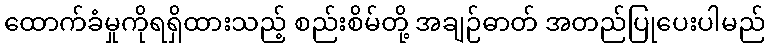
ထောက်ခံမှုကိုရရှိထားသည့် စည်းစိမ်တို့ အချဉ်ဓာတ် အတည်ပြုပေးပါမည်